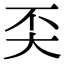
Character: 奀